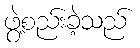
ဖွဲ့စည်းခဲ့သည်